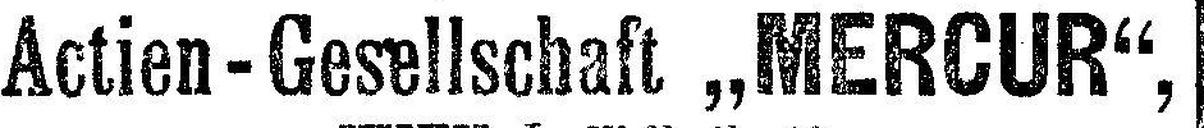
Actien-Gesellschaft „MERCUR“,